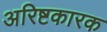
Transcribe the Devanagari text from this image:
अरिष्टकारक